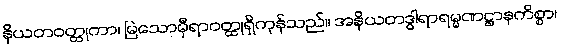
နိယတဝတ္ထုကာ၊ မြဲသောမှီရာဝတ္ထုရှိကုန်သည်။ အနိယတဒွါရာရမ္မဏဋ္ဌာနကိစ္စာ၊